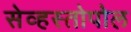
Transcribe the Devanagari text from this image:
सेव्हस्तोपोल